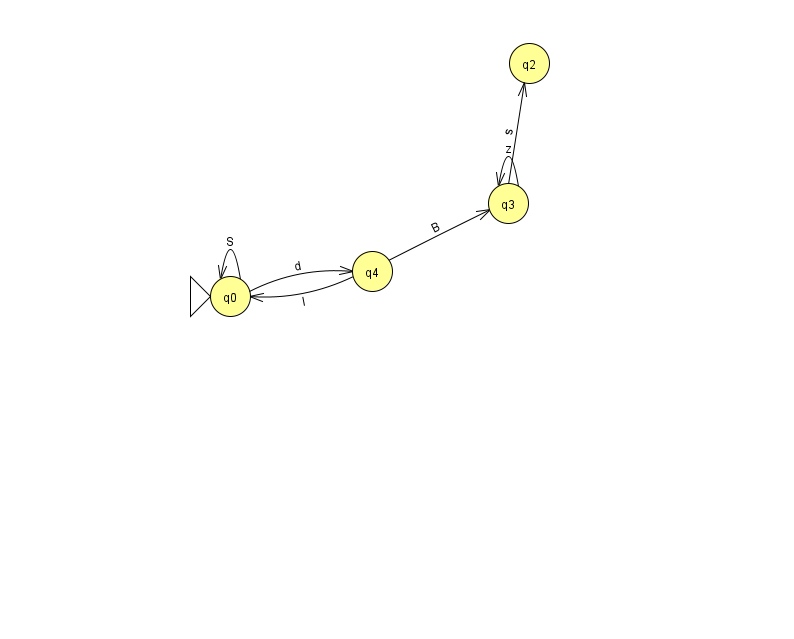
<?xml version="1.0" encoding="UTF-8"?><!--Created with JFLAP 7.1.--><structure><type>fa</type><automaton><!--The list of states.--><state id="0" name="q0"><x>230.0</x><y>283.0</y><initial/></state><state id="2" name="q2"><x>529.0</x><y>50.0</y></state><state id="3" name="q3"><x>508.0</x><y>190.0</y></state><state id="4" name="q4"><x>372.0</x><y>258.0</y></state><!--The list of transitions.--><transition><from>4</from><to>0</to><read>l</read></transition><transition><from>0</from><to>0</to><read>S</read></transition><transition><from>3</from><to>2</to><read>s</read></transition><transition><from>4</from><to>3</to><read>B</read></transition><transition><from>0</from><to>4</to><read>d</read></transition><transition><from>3</from><to>3</to><read>z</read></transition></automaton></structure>